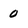
Character: 0